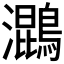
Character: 𮭓